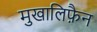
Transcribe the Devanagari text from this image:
मुखालिफ़ैन